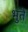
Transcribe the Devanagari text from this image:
भुतें